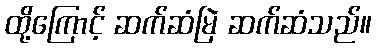
ထို့ကြောင့် ဆက်ဆံမြဲ ဆက်ဆံသည်။